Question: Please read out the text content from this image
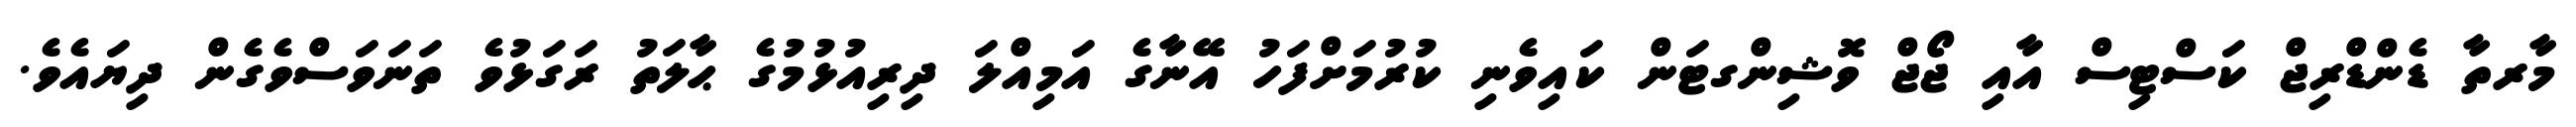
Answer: މާރތާ ޑެންޑްރިޖް ކަސްޓިސް އާއި ޖޯޖް ވޮޝިންގޓަން ކައިވެނި ކުރުމަށްފަހު އޭނާގެ އަމިއްލަ ދިރިއުޅުމުގެ ޙާލަތު ރަގަޅުވެ ތަނަވަސްވެގެން ދިޔައެވެ.